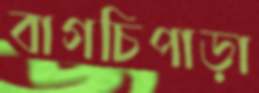
বাগচিপাড়া